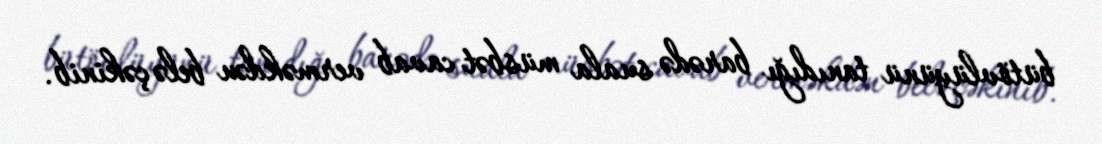
bütövlüyünü tanıdığı barədə suala müsbət cavab verməkdən belə çəkinib.